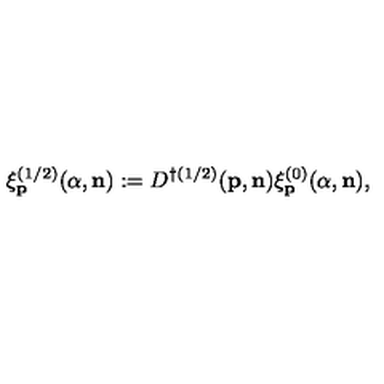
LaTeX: \xi _ { \bf p } ^ { ( 1 / 2 ) } ( \alpha , { \bf n } ) : = D ^ { \dagger ( 1 / 2 ) } ( { \bf p } , { \bf n } ) \xi _ { \bf p } ^ { ( 0 ) } ( \alpha , { \bf n } ) ,